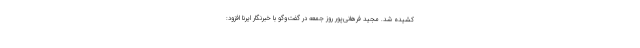
کشیده شد. مجید فرهانی‌پور روز جمعه در گفت‌وگو با خبرنگار ایرنا افزود: